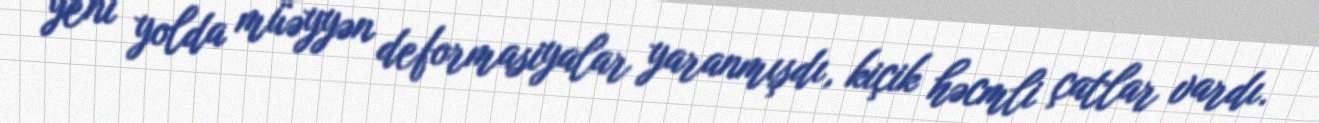
yeni yolda müəyyən deformasiyalar yaranmışdı, kiçik həcmli çatlar vardı.